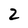
Character: 2